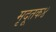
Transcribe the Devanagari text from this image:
मृदूतक४